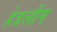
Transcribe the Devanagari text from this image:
हेडलौंग